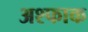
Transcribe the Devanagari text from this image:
अश्फाक